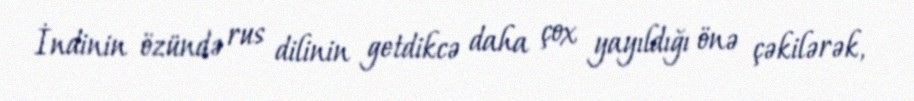
İndinin özündə rus dilinin getdikcə daha çox yayıldığı önə çəkilərək,